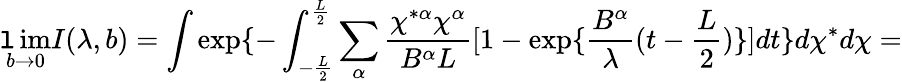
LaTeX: \operatorname*{\mathtt{l}im}_{b\rightarrow0}I(\lambda,b)=\int\exp\{ -\int_{-\frac{{L}}{{2}}}^{\frac{{L}}{{2}}}\sum_{\alpha}\frac{{\chi^{*\alpha}\chi^{\alpha}}}{{B^{\alpha}L}}[1-\exp\{ \frac{{B^{\alpha}}}{{\lambda}}(t-\frac{{L}}{{2}})\} ]dt\} d\chi^{*}d\chi=